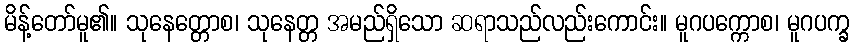
မိန့်တော်မူ၏။ သုနေတ္တောစ၊ သုနေတ္တ အမည်ရှိသော ဆရာသည်လည်းကောင်း။ မူဂပက္ကောစ၊ မူဂပက္ခ